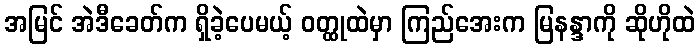
အမြင် အဲဒီခေတ်က ရှိခဲ့ပေမယ့် ဝတ္ထုထဲမှာ ကြည်အေးက မြနန္ဒာကို ဆိုဟိုထဲ